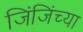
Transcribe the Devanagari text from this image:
जिंजिंच्या